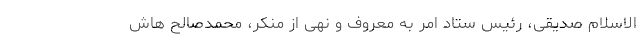
الاسلام صدیقی، رئیس ستاد امر به معروف و نهی از منکر، محمدصالح هاش